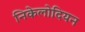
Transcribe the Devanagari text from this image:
निकेलोदियन